Report on the Civil Veterinary Department, Eastern Bengal and Assam - 1907-1911
Year: 1907
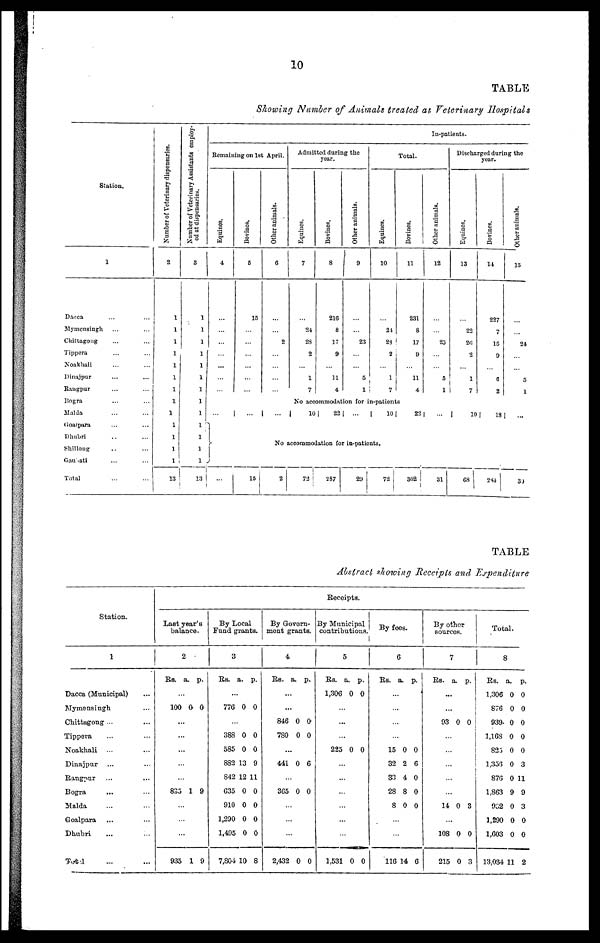
10
TABLE
Showing Number of Animals treated at Veterinary Hospitals
Station.
1
Dacca ... ...
Mymensingh ... ...
Chittagong ... ...
Tippera ... ...
Noakhali ... ...
Dinajpur ... ...
Rangpur ... ...
Bogra ... ...
Malda ... ...
Goalpara ... ...
Dhubri ... ...
Shillong .. ...
Gaurati ... ...
Total ... ...
Number of Veterinary dispensaries.
2
1
1
1
1
1
1
1
1
1
1
1
1
1
13
Number of Veterinary Assistants employ-
ed at dispensaries.
3
1
1
1
1
1
1
1
1
1
1
1
1
1
13
In-patients.
Remaining on 1st April.
Equines.
4
...
...
...
...
...
...
...
...
...
Bovines.
5
15
...
...
...
...
...
...
...
...
Other animals.
6
...
...
2
...
...
...
...
...
...
Admitted during the
year.
Equines.
7
...
24
28
2
...
1
7
Bovines.
8
216
8
17
9
...
11
4
Other animals.
9
...
...
23
...
...
5
1
Total.
Equines.
10
...
24
23
2
...
1
7
Bovines.
11
231
8
17
9
...
11
4
No accommodation for in-patients
10
22 ...
10 |
22
Other animals.
12
...
...
25
...
...
5
1
...
Discharged during the
year.
Equines.
-
13
...
22
26
2
...
1
7
10
Bovines.
14
227
7
15
9
...
6
2
18
Other animals.
15
...
...
24
...
...
5
1
...
No accommodation for in-patients.
...
15
2
72
287
29
72
302
31
68
284
30
TABLE
Abstract showing Receipts and Expenditure
Station.
1
Dacca (Municipal) ...
Mymensingh ...
Chittagong ... ...
Tippera ... ...
Noakhali ... ...
Dinajpur ... ...
Rangnur ... ...
Bogra ... ...
Malda ... ...
Goalpara ... ...
Dhubri ... ...
Total ... ...
Receipts.
Last year's
balance.
2
Rs.
...
100
...
...
...
...
...
835
...
...
...
935
a.
0
1
1
p.
0
9
9
By Local
Fund grants.
3
Rs.
...
776
...
388
585
882
842
635
910
1,290
1,495
7,804
a.
0
0
0
13
12
0
0
0
0
10
p.
0
0
0
9
11
0
0
0
0
8
By Govern¬
ment grants.
4
Rs.
...
...
846
780
...
441
...
365
...
...
...
2,432
a.
0
0
0
0
0
p.
0
0
6
0
0
By Municipal
contributions.
5
Rs.
1,306
...
...
...
225
...
...
...
...
...
...
1,531
a.
0
0
0
p.
0
0
0
By fees.
6
Rs.
...
...
...
...
15
32
33
28
8
...
...
116
a.
0
2
4
8
0
14
p.
0
6
0
0
0
6
By other
sources.
7
Rs.
...
...
93
...
...
...
...
...
14
...
108
215
a.
0
0
0
0
p.
0
3
0
3
Total.
8
Rs.
1,306
876
939
1,168
823
1,356
876
1,863
902
1,290
1,603
13,034
a.
0
0
0
0
0
0
0
9
0
0
0
11
p.
0
0
0
0
0
3
11
9
3
0
0
2